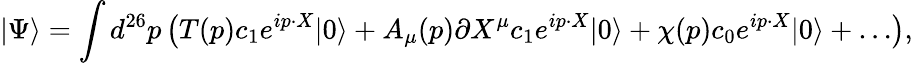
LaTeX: |\Psi\rangle=\int d^{26}p\left(T(p)c_{1}e^{ip\cdot X}|0\rangle+A_{\mu}(p)\partial X^{\mu}c_{1}e^{ip\cdot X}|0\rangle+\chi(p)c_{0}e^{ip\cdot X}|0\rangle+\ldots\right),